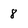
Character: 8